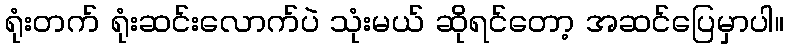
ရုံးတက် ရုံးဆင်းလောက်ပဲ သုံးမယ် ဆိုရင်တော့ အဆင်ပြေမှာပါ။